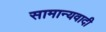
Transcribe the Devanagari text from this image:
सामान्यवादी